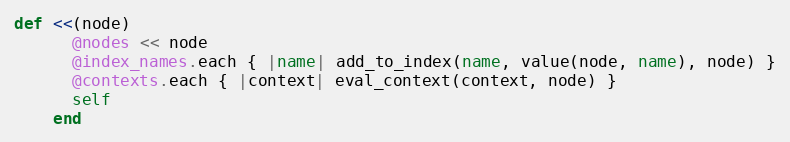
Language: Ruby
def <<(node)
      @nodes << node
      @index_names.each { |name| add_to_index(name, value(node, name), node) }
      @contexts.each { |context| eval_context(context, node) }
      self
    end